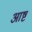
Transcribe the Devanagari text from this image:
आष्ट